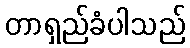
တာရှည်ခံပါသည်